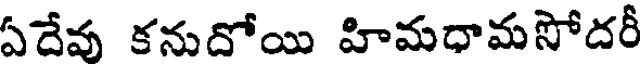
ఏదేవ కనుదోయి హిమధామసోదరీ